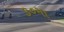
૩૦મા